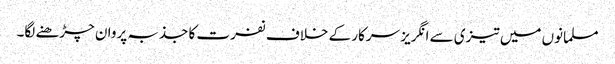
مسلمانوں میں تیزی سے انگریز سرکار کے خلاف نفرت کا جذبہ پروان چڑھنے لگا۔